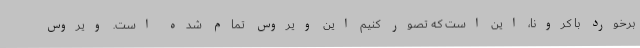
برخورد با کرونا، این است که تصور کنیم این ویروس تمام شده است. ویروس